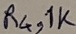
Text: R4,1K